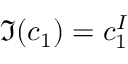
\Im ( c _ { 1 } ) = c _ { 1 } ^ { I }